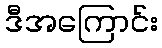
ဒီအကြောင်း